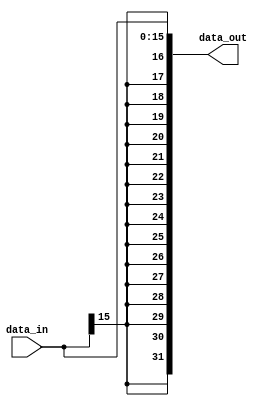
module signExtend(
	data_in,
	data_out
);

input 	[15:0]	data_in;
output	[31:0]	data_out;

assign data_out = {{16{data_in[15]}}, {data_in}};
endmodule